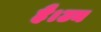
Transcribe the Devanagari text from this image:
है।उन